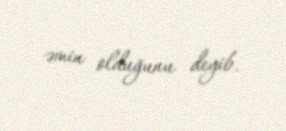
əmin olduğunu deyib.